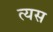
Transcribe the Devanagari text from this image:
त्यस